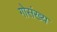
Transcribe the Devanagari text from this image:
गोसंख्य